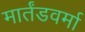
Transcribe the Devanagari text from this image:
मार्तंडवर्मा